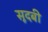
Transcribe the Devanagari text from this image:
सूदबी